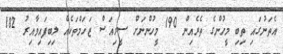
އެތަނުގައި ތިބި މީހުންގެ ތެރެއިން 190 މީހުންނަށް ސީރިއަސް ޒަހަމްތަކެއް ލިބިފައިވާއިރު 182